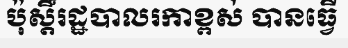
ប៉ុស្តិ៍រដ្ឋបាលរកាខ្ពស់ បានធ្វើ